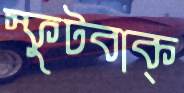
স্ফুটবাক্‌